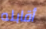
أقابله